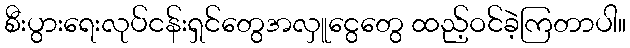
စီးပွားရေးလုပ်ငန်းရှင်တွေအလှူငွေတွေ ထည့်ဝင်ခဲ့ကြတာပါ။